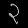
Digit: ၃